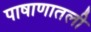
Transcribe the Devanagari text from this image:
पाषाणातली